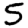
Digit: 5